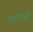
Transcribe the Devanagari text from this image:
आरोपींची